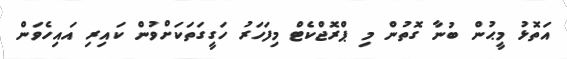
އަތޮޅު މީޙުން ބުނާ ގޮތުން މި ޕްރޮޖްކެޓް މިފަހަރު ހަގީގަތަކަށްވުން ކައިރި އައިހެވަން